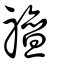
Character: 䄠